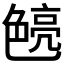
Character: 𮎝